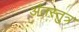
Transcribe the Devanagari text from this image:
अंतस्तुत्र